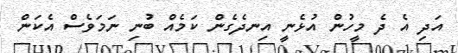
އަދި އެ ދެ މީހުން އުޅެނީ އިނދެގެން ކަމެއް ބުނި ނަމަވެސް އެކަން